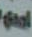
اسمم